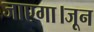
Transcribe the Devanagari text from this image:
जाएगा।जून